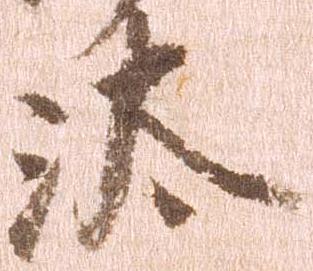
汰